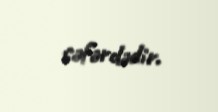
səfərdədir.